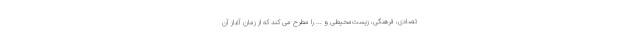
تصادی، فرهنگی، زیست‌محیطی و ... را مطرح می کند که از زمان آغاز آن